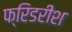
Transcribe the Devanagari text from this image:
फ्रिडरीश